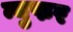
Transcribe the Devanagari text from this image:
न्युफर